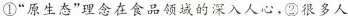
①”原生态”理念在食品领域的深入人心，②很多人